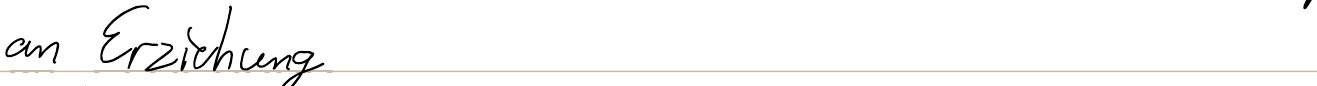
an Erziehung